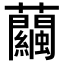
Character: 𧅶